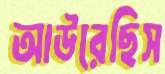
আউরেছিস